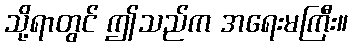
သို့ရာတွင် ဤသည်က အရေးမကြီး။